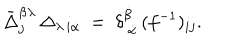
\bar { \Delta } _ { j } ^ { \dot { \beta } \lambda } \, \Delta _ { \lambda \, i \dot { \alpha } } \ = \ \delta _ { \ \dot { \alpha } } ^ { \dot { \beta } } \, ( f ^ { - 1 } ) _ { i j } .